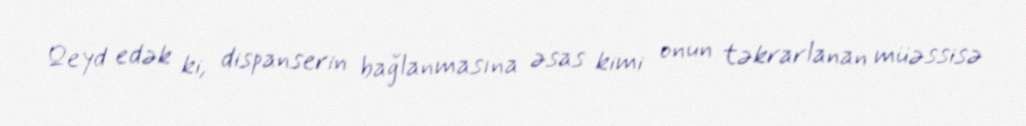
Qeyd edək ki, dispanserin bağlanmasına əsas kimi onun təkrarlanan müəssisə